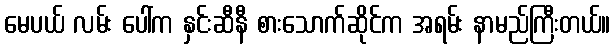
မေပယ် လမ်း ပေါ်က နှင်းဆီနီ စားသောက်ဆိုင်က အရမ်း နာမည်ကြီးတယ်။